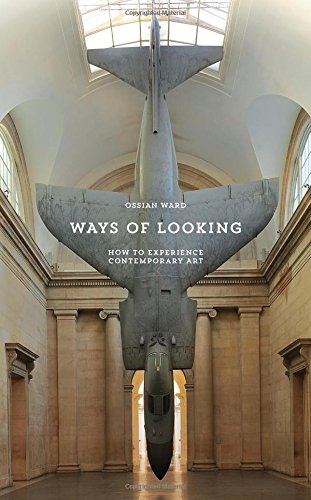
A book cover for Ways of Looking: How to Experience Contemporary Art; Ossian Ward; Reference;